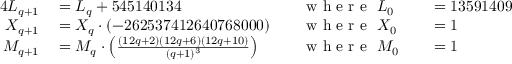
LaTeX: \begin{array} { r l r l r l } { { 4 } L _ { q + 1 } } & { { } = L _ { q } + 5 4 5 1 4 0 1 3 4 \, \, } & { } & { { } { \textrm { w h e r e } } \, \, L _ { 0 } } & { } & { { } = 1 3 5 9 1 4 0 9 } \\ { X _ { q + 1 } } & { { } = X _ { q } \cdot ( - 2 6 2 5 3 7 4 1 2 6 4 0 7 6 8 0 0 0 ) } & { } & { { } { \textrm { w h e r e } } \, \, X _ { 0 } } & { } & { { } = 1 } \\ { M _ { q + 1 } } & { { } = M _ { q } \cdot \left( { \frac { ( 1 2 q + 2 ) ( 1 2 q + 6 ) ( 1 2 q + 1 0 ) } { ( q + 1 ) ^ { 3 } } } \right) \, \, } & { } & { { } { \textrm { w h e r e } } \, \, M _ { 0 } } & { } & { { } = 1 } \end{array}